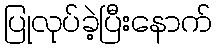
ပြုလုပ်ခဲ့ပြီးနောက်